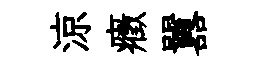
涼癥囂